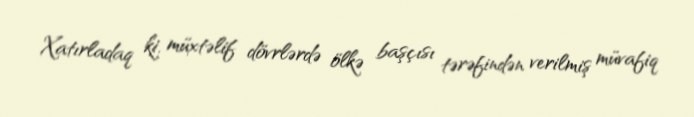
Xatırladaq ki, müxtəlif dövrlərdə ölkə başçısı tərəfindən verilmiş müvafiq